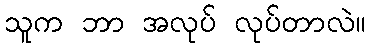
သူက ဘာ အလုပ် လုပ်တာလဲ။